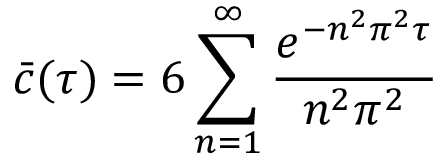
\displaystyle \bar { c } ( \tau ) = 6 \sum _ { n = 1 } ^ { \infty } \frac { e ^ { - n ^ { 2 } \pi ^ { 2 } \tau } } { n ^ { 2 } \pi ^ { 2 } }